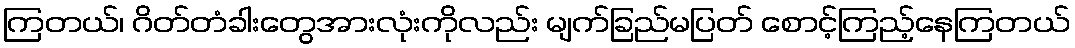
ကြတယ်၊ ဂိတ်တံခါးတွေအားလုံးကိုလည်း မျက်ခြည်မပြတ် စောင့်ကြည့်နေကြတယ်